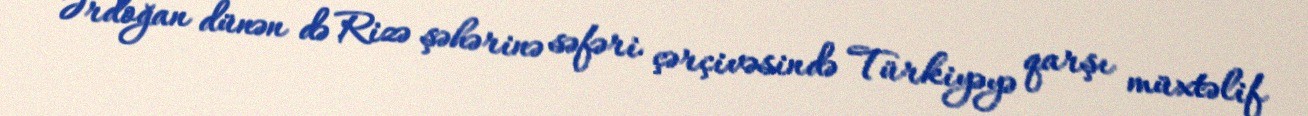
Ərdoğan dünən də Rizə şəhərinə səfəri çərçivəsində Türkiyəyə qarşı müxtəlif